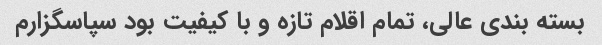
بسته بندی عالی، تمام اقلام تازه و با کیفیت بود سپاسگزارم